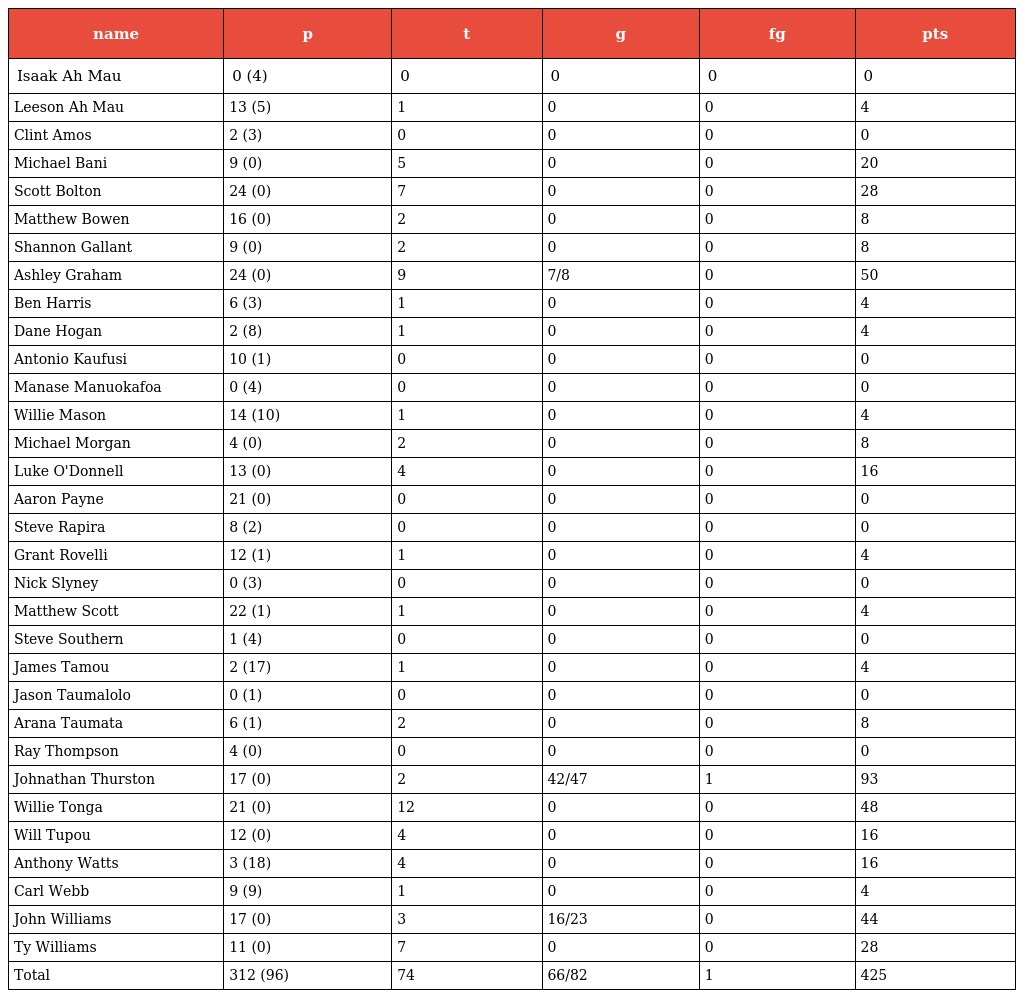
| name | p | t | g | fg | pts |
 | --- | --- | --- | --- | --- | --- |
 | Isaak Ah Mau | 0 (4) | 0 | 0 | 0 | 0 |
 | Leeson Ah Mau | 13 (5) | 1 | 0 | 0 | 4 |
 | Clint Amos | 2 (3) | 0 | 0 | 0 | 0 |
 | Michael Bani | 9 (0) | 5 | 0 | 0 | 20 |
 | Scott Bolton | 24 (0) | 7 | 0 | 0 | 28 |
 | Matthew Bowen | 16 (0) | 2 | 0 | 0 | 8 |
 | Shannon Gallant | 9 (0) | 2 | 0 | 0 | 8 |
 | Ashley Graham | 24 (0) | 9 | 7/8 | 0 | 50 |
 | Ben Harris | 6 (3) | 1 | 0 | 0 | 4 |
 | Dane Hogan | 2 (8) | 1 | 0 | 0 | 4 |
 | Antonio Kaufusi | 10 (1) | 0 | 0 | 0 | 0 |
 | Manase Manuokafoa | 0 (4) | 0 | 0 | 0 | 0 |
 | Willie Mason | 14 (10) | 1 | 0 | 0 | 4 |
 | Michael Morgan | 4 (0) | 2 | 0 | 0 | 8 |
 | Luke O'Donnell | 13 (0) | 4 | 0 | 0 | 16 |
 | Aaron Payne | 21 (0) | 0 | 0 | 0 | 0 |
 | Steve Rapira | 8 (2) | 0 | 0 | 0 | 0 |
 | Grant Rovelli | 12 (1) | 1 | 0 | 0 | 4 |
 | Nick Slyney | 0 (3) | 0 | 0 | 0 | 0 |
 | Matthew Scott | 22 (1) | 1 | 0 | 0 | 4 |
 | Steve Southern | 1 (4) | 0 | 0 | 0 | 0 |
 | James Tamou | 2 (17) | 1 | 0 | 0 | 4 |
 | Jason Taumalolo | 0 (1) | 0 | 0 | 0 | 0 |
 | Arana Taumata | 6 (1) | 2 | 0 | 0 | 8 |
 | Ray Thompson | 4 (0) | 0 | 0 | 0 | 0 |
 | Johnathan Thurston | 17 (0) | 2 | 42/47 | 1 | 93 |
 | Willie Tonga | 21 (0) | 12 | 0 | 0 | 48 |
 | Will Tupou | 12 (0) | 4 | 0 | 0 | 16 |
 | Anthony Watts | 3 (18) | 4 | 0 | 0 | 16 |
 | Carl Webb | 9 (9) | 1 | 0 | 0 | 4 |
 | John Williams | 17 (0) | 3 | 16/23 | 0 | 44 |
 | Ty Williams | 11 (0) | 7 | 0 | 0 | 28 |
 | Total | 312 (96) | 74 | 66/82 | 1 | 425 |